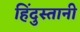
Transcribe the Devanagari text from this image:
हिँदुस्तानी